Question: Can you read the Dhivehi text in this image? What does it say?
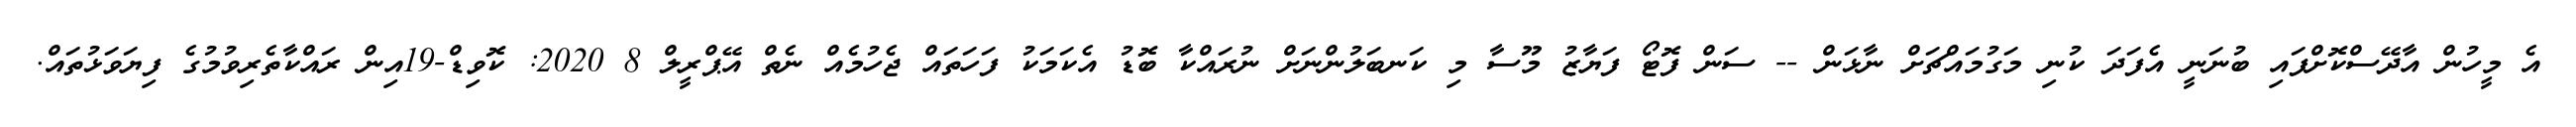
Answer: އެ މީހުން އާދޭސްކޮށްފައި ބުނަނީ އެފަދަ ކުނި މަގުމައްޗަށް ނާޅަން -- ސަން ފޮޓޯ ފަޔާޒު މޫސާ މި ކަނބަލުންނަށް ނުރައްކާ ބޮޑު އެކަމަކު ފަހަތައް ޖެހުމެއް ނެތް އޭޕްރީލް 8 2020: ކޮވިޑް-19އިން ރައްކާތެރިވުމުގެ ފިޔަވަޅުތައް.